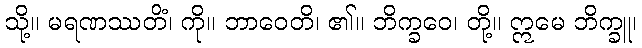
သို့။ မရဏဿတိံ၊ ကို။ ဘာဝေတိ၊ ၏။ ဘိက္ခဝေ၊ တို့။ ဣမေ ဘိက္ခူ၊